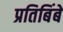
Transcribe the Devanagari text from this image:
प्रतिबिंबे